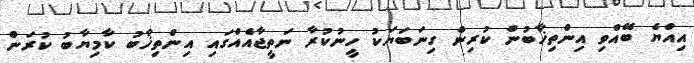
އިއްޔެ ބޭއްވި އިންތިޚާބުން ކުރިން ގިނަބަޔަކު ހީނުކުރާ ނަތީޖާއެއްގައި އިންތިޚާބު ކާމިޔާބު ކުރަން